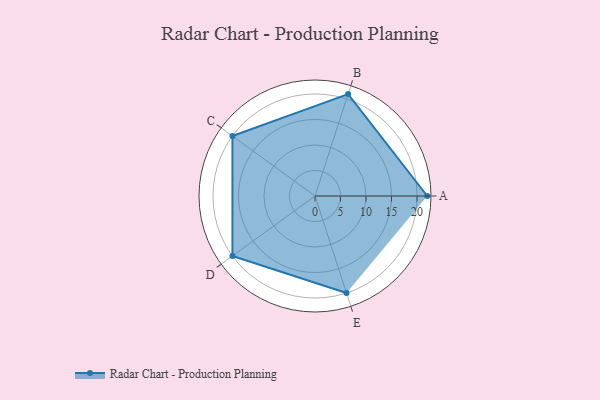
{"axis": {"x": "Skill", "y": "Score"}, "legend": ["Profile"], "data": [{"x": "A", "y": 22.0, "type": "Profile"}, {"x": "B", "y": 21.0, "type": "Profile"}, {"x": "C", "y": 20, "type": "Profile"}, {"x": "D", "y": 20, "type": "Profile"}, {"x": "E", "y": 20, "type": "Profile"}]}